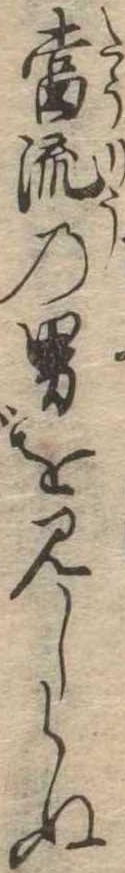
当流の男を見しらぬ